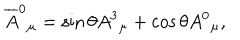
\overline { { { A } } } ^ { 0 } { } _ { \mu } = \sin { \theta } A ^ { 3 } { } _ { \mu } + \cos { \theta } A ^ { 0 } { } _ { \mu } ,